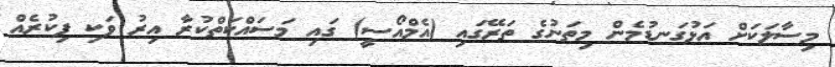
މިސާލަކަށް އަޅުގަނޑުމެން މިތަނުގެ ތަރޭގައި (އެމްއޯސީ) ގައި މަސައްކަތްކުރާ އިރު ވަކި ފިކުރެއް